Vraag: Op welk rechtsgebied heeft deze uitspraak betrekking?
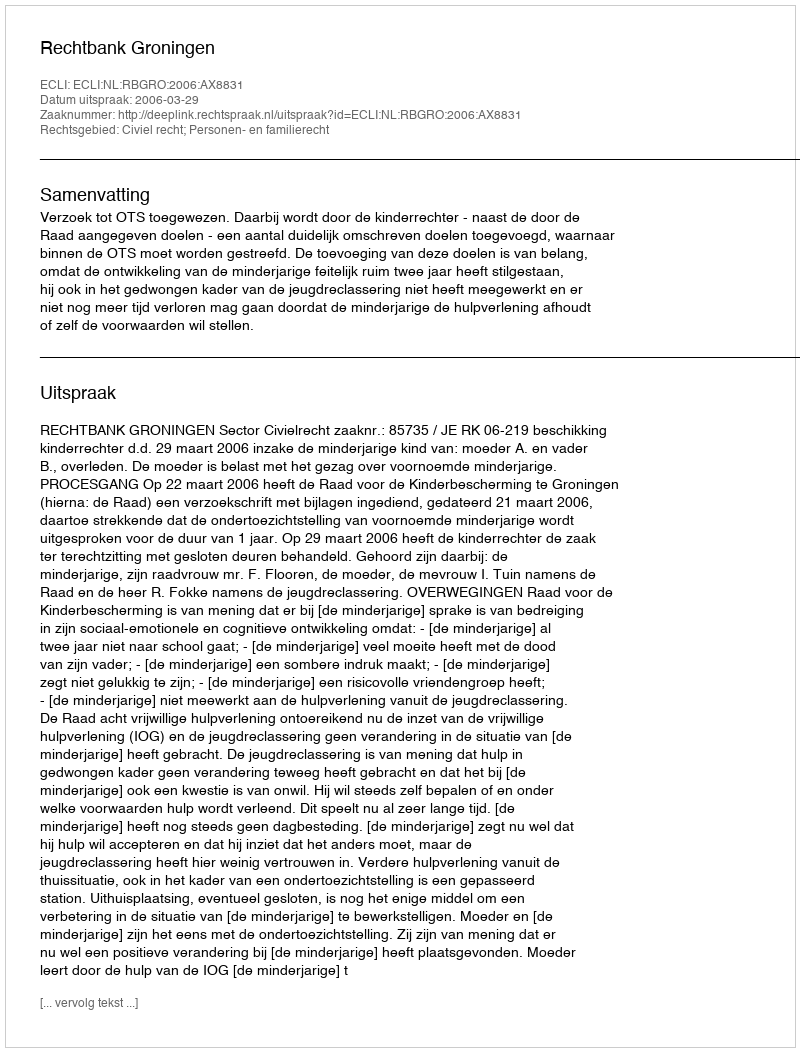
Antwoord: Civiel recht; Personen- en familierecht